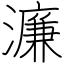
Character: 濂